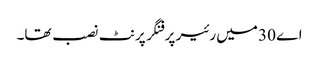
اے 30 میں رئیر پر فنگر پرنٹ نصب تھا۔